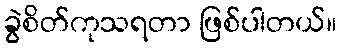
ခွဲစိတ်ကုသရတာ ဖြစ်ပါတယ်။